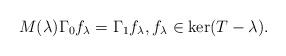
LaTeX: \begin{align*} M(\lambda)\Gamma_0 f_\lambda=\Gamma_1 f_\lambda,f_\lambda\in\ker(T-\lambda).\end{align*}